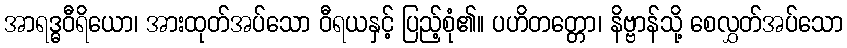
အာရဒ္ဓဝီရိယော၊ အားထုတ်အပ်သော ဝီရယနှင့် ပြည့်စုံ၏။ ပဟိတတ္တော၊ နိဗ္ဗာန်သို့ စေလွှတ်အပ်သော